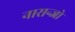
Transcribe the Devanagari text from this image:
नारान्जो